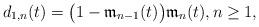
LaTeX: \begin{align*} d_{1,n}(t) = \big(1-\mathfrak{m}_{n-1}(t)\big)\mathfrak{m}_{n}(t), n \geq 1,\end{align*}